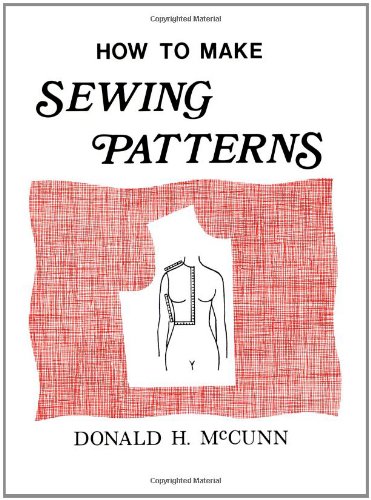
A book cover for How to Make Sewing Patterns; Donald H. McCunn; Crafts, Hobbies & Home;